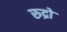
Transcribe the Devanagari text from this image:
रुद्रो